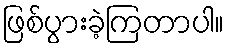
ဖြစ်ပွားခဲ့ကြတာပါ။